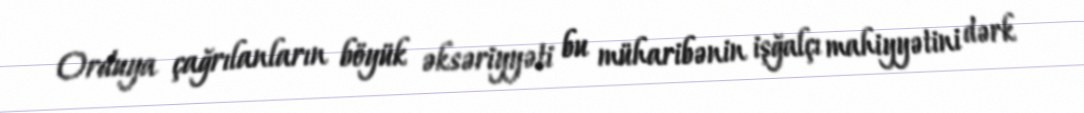
Orduya çağrılanların böyük əksəriyyəti bu müharibənin işğalçı mahiyyətini dərk